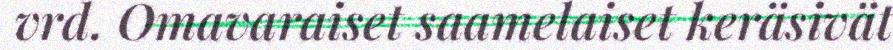
vrd. Omavaraiset saamelaiset keräsivät